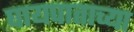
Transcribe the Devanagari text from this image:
घायपाताच्या